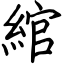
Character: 綰